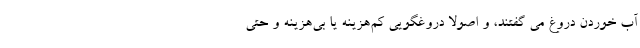
آب خوردن دروغ می گفتند، و اصولاً دروغگویی کم‌هزینه یا بی‌هزینه و حتی